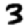
Digit: 3